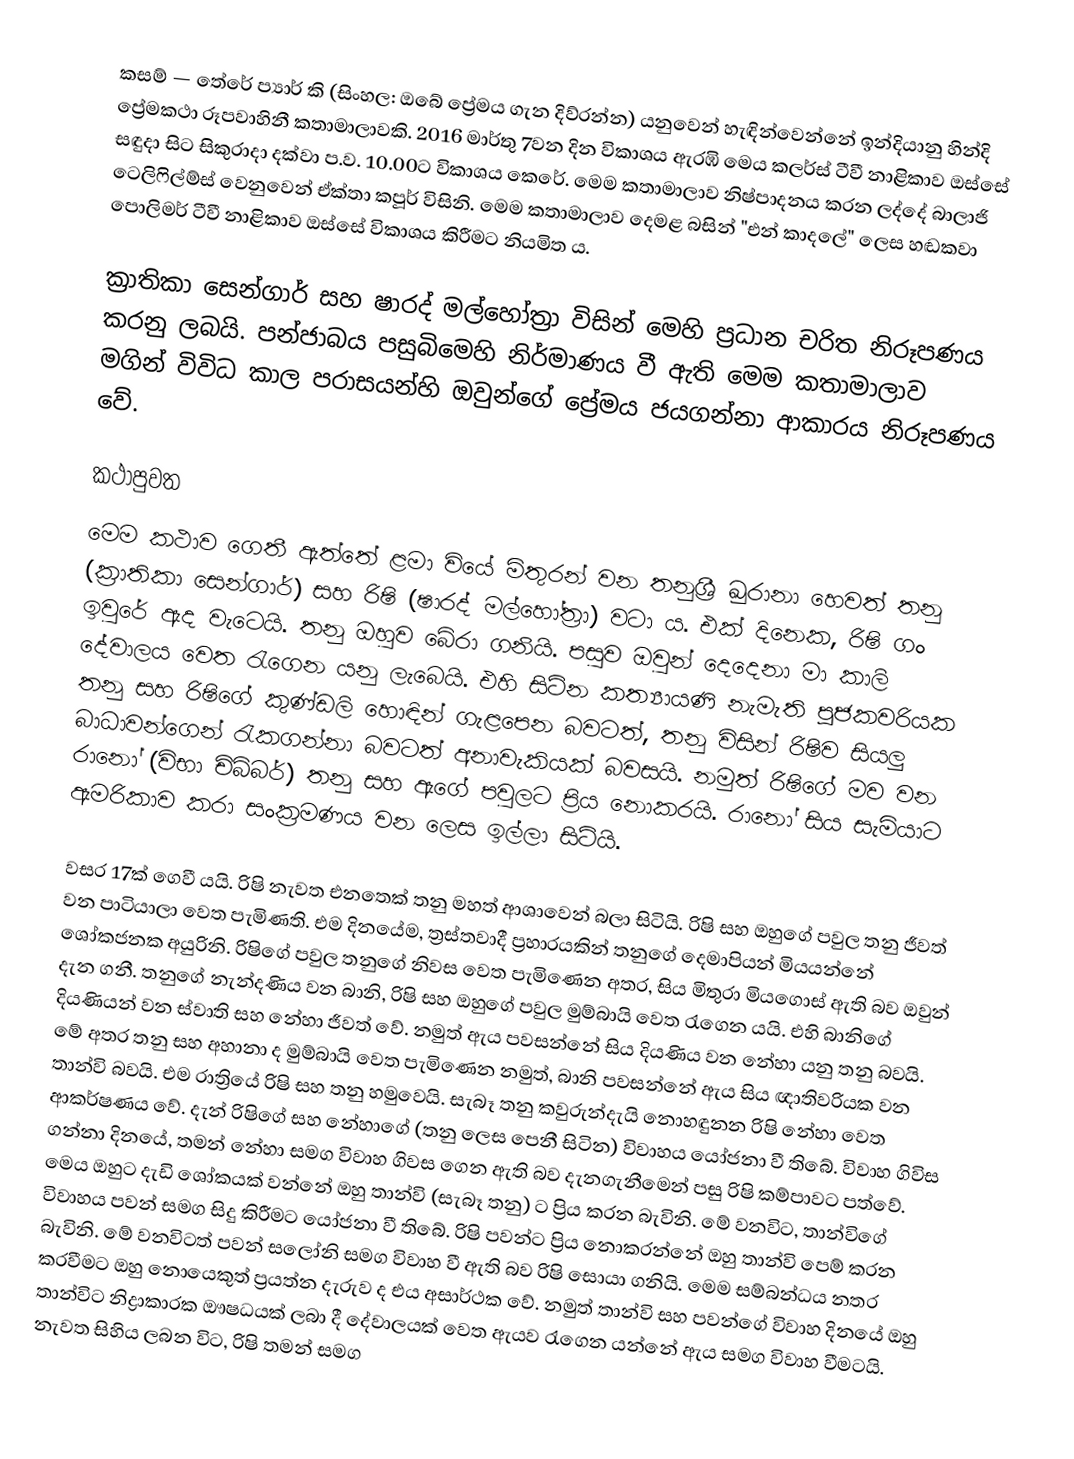
කසම් — තේරේ ප්‍යාර් කි (සිංහල: ඔබේ ප්‍රේමය ගැන දිව්රන්න) යනුවෙන් හැඳින්වෙන්නේ ඉන්දියානු හින්දි ප්‍රේමකථා රූපවාහිනී කතාමාලාවකි. 2016 මාර්තු 7වන දින විකාශය ඇරඹි මෙය කලර්ස් ටීවී නාළිකාව ඔස්සේ සඳුදා සිට සිකුරාදා දක්වා ප.ව. 10.00ට විකාශය කෙරේ. මෙම කතාමාලාව නිෂ්පාදනය කරන ලද්දේ බාලාජි ටෙලිෆිල්ම්ස් වෙනුවෙන් ඒක්තා කපූර් විසිනි. මෙම කතාමාලාව දෙමළ බසින් "එන් කාදලේ" ලෙස හඬකවා පොලිමර් ටීවී නාළිකාව ඔස්සේ විකාශය කිරීමට නියමිත ය.

ක්‍රාතිකා සෙන්ගාර් සහ ෂාරද් මල්හෝත්‍රා විසින් මෙහි ප්‍රධාන චරිත නිරූපණය කරනු ලබයි. පන්ජාබය පසුබිමෙහි නිර්මාණය වී ඇති මෙම කතාමාලාව මගින් විවිධ කාල පරාසයන්හි ඔවුන්ගේ ප්‍රේමය ජයගන්නා ආකාරය නිරූපණය වේ.

කථාපුවත
මෙම කථාව ගෙතී ඇත්තේ ළමා වියේ මිතුරන් වන තනුශ්‍රී ඛුරානා හෙවත් තනු (ක්‍රාතිකා සෙන්ගාර්) සහ රිෂි (ෂාරද් මල්හෝත්‍රා) වටා ය. එක් දිනෙක, රිෂි ගං ඉවුරේ ඇද වැටෙයි. තනු ඔහුව බේරා ගනියි. පසුව ඔවුන් දෙදෙනා මා කාලි දේවාලය වෙත රැගෙන යනු ලැබෙයි. එහි සිටින කත්‍යායණි නැමැති පූජකවරියක තනු සහ රිෂිගේ කුණ්ඩලි හොඳින් ගැළපෙන බවටත්, තනු විසින් රිෂිව සියලු බාධාවන්ගෙන් රැකගන්නා බවටත් අනාවැකියක් බවසයි. නමුත් රිෂිගේ මව වන රානෝ (විභා චිබ්බර්) තනු සහ ඇගේ පවුලට ප්‍රිය නොකරයි. රානෝ සිය සැමියාට ඇමරිකාව කරා සංක්‍රමණය වන ලෙස ඉල්ලා සිටියි.

වසර 17ක් ගෙවී යයි. රිෂි නැවත එනතෙක් තනු මහත් ආශාවෙන් බලා සිටියි. රිෂි සහ ඔහුගේ පවුල තනු ජීවත් වන පාටියාලා වෙත පැමිණති. එම දිනයේම, ත්‍රස්තවාදී ප්‍රහාරයකින් තනුගේ දෙමාපියන් මියයන්නේ ශෝකජනක අයුරිනි. රිෂිගේ පවුල තනුගේ නිවස වෙත පැමිණෙන අතර, සිය මිතුරා මියගොස් ඇති බව ඔවුන් දැන ගනී. තනුගේ නැන්දණිය වන බානි, රිෂි සහ ඔහුගේ පවුල මුම්බායි වෙත රැගෙන යයි. එහි බානිගේ දියණියන් වන ස්වාති සහ නේහා ජීවත් වේ. නමුත් ඇය පවසන්නේ සිය දියණිය වන නේහා යනු තනු බවයි. මේ අතර තනු සහ අහානා ද මුම්බායි වෙත පැමිණෙන නමුත්, බානි පවසන්නේ ඇය සිය ඥාතිවරියක වන තාන්වි බවයි. එම රාත්‍රියේ රිෂි සහ තනු හමුවෙයි. සැබෑ තනු කවුරුන්දැයි නොහඳුනන රිෂි නේහා වෙත ආකර්ෂණය වේ. දැන් රිෂිගේ සහ නේහාගේ (තනු ලෙස පෙනී සිටින) විවාහය යෝජනා වී තිබේ. විවාහ ගිවිස ගන්නා දිනයේ, තමන් නේහා සමග විවාහ ගිවස ගෙන ඇති බව දැනගැනීමෙන් පසු රිෂි කම්පාවට පත්වේ. මෙය ඔහුට දැඩි ශෝකයක් වන්නේ ඔහු තාන්වි (සැබෑ තනු) ට ප්‍රිය කරන බැවිනි. මේ වනවිට, තාන්විගේ විවාහය පවන් සමග සිදු කිරීමට යෝජනා වී තිබේ. රිෂි පවන්ට ප්‍රිය නොකරන්නේ ඔහු තාන්වි පෙම් කරන බැවිනි. මේ වනවිටත් පවන් සලෝනි සමග විවාහ වී ඇති බව රිෂි සොයා ගනියි. මෙම සම්බන්ධය නතර කරවීමට ඔහු නොයෙකුත් ප්‍රයත්න දැරුව ද එය අසාර්ථක වේ. නමුත් තාන්වි සහ පවන්ගේ විවාහ දිනයේ ඔහු තාන්විට නිද්‍රාකාරක ඖෂධයක් ලබා දී දේවාලයක් වෙත ඇයව රැගෙන යන්නේ ඇය සමග විවාහ වීමටයි. නැවත සිහිය ලබන විට, රිෂි තමන් සමග